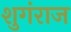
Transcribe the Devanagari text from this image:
शुगंराज